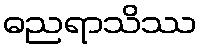
ဓညရာသိဿ